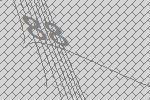
88